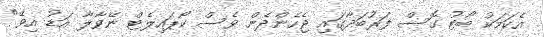
އެކަމަކު ބޯޓު ގޮސް ފަރުބަދާގައި ޖެހެންދެން ވެސް ކޯޕައިލެޓް ނޭވާލާ އަޑު އިވޭ"